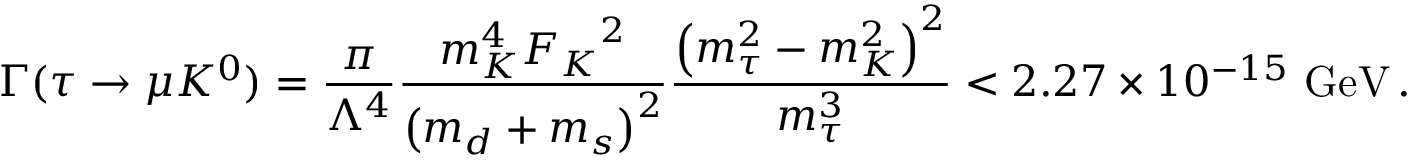
\Gamma ( \tau \rightarrow \mu K ^ { 0 } ) = \frac { \pi } { \Lambda ^ { 4 } } \frac { m _ { K } ^ { 4 } { F _ { K } } ^ { 2 } } { { \left( m _ { d } + m _ { s } \right) } ^ { 2 } } \frac { { \left( m _ { \tau } ^ { 2 } - m _ { K } ^ { 2 } \right) } ^ { 2 } } { m _ { \tau } ^ { 3 } } < 2 . 2 7 \times 1 0 ^ { - 1 5 } ~ \mathrm { G e V } \, .